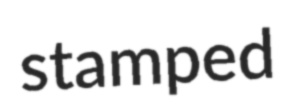
stamped